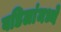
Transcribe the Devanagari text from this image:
वडिलांमध्ये